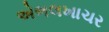
એભલખાચર